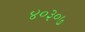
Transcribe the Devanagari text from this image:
४०३०७